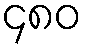
၄၈၀